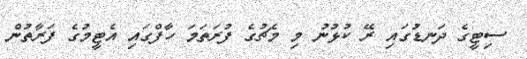
ސިޓީގެ ދަނޑުގައި ރޭ ކުޅުނު މި މެޗުގެ ފުރަތަމަ ހާފްގައި އެޓީމުގެ ފަރާތުން